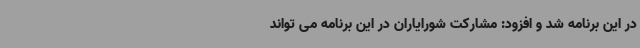
در این برنامه شد و افزود: مشارکت شورایاران در این برنامه می تواند